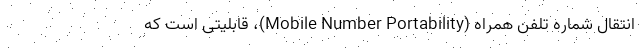
انتقال شماره تلفن همراه (Mobile Number Portability)، قابلیتی است که